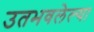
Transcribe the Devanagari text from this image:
उतभवलेल्या